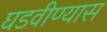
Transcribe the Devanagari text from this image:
घडवीण्यास